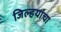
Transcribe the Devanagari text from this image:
जिल्हयांचा